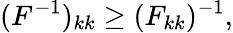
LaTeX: (F^{-1})_{kk}\ge(F_{kk})^{-1},